Insane asylums Bombay 1873-77 - 1873-1877
Year: 1873
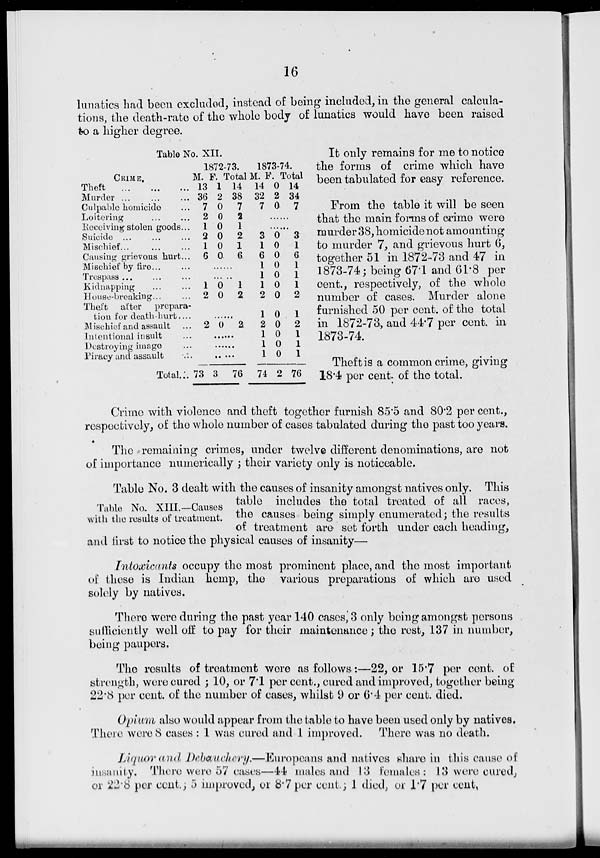
16
lunatics had been excluded, instead of being included, in the general calcula-
tions, the death-rate of the whole body of lunatics would have been raised
to a higher degree.
Table No. XII.
CRIME.
Theft ... ... ...
Murder ... ... ...
Culpable homicide ...
Loitering ... ...
Receiving stolen goods...
Suicide ... ... ...
Mischief ... ... ...
Causing grievous hurt ...
Mischief by fire ... ...
Trespass ... ... ...
Kidnapping ... ...
House-breaking ... ...
Theft after
prepara-
tion for death-hurt....
Mischief and assault ...
Intentional insult ...
Destroying image ...
Piracy and assault ...
Total ...
1872-73.
M.
13
36
7
2
1
2
1
6
F.
1
2
0
0
0
0
0
0
Total
14
38
7
2
1
2
1
6
......
......
1
2
0
0
1
2
......
2 0 2
......
......
......
73 3 76
1873-74.
M.
14
32
7
F.
0
2
0
Total
14
34
7
......
......
3
1
6
1
1
1
2
1
2
1
1
1
74
0
0
0
0
0
0
0
0
0
0
0
0
2
3
1
6
1
1
1
2
1
2
1
1
1
76
It only remains for me to notice
the forms of crime which have
been tabulated for easy reference.
From the table it will be seen
that the main forms of crime were
murder 38, homicide not amounting
to murder 7, and grievous hurt 6,
together 51 in 1872-73 and 47 in
1873-74; being 67.1 and 61.8 per
cent., respectively, of the whole
number of cases. Murder alone
furnished 50 per cent. of the total
in 1872-73, and 44.7 per cent. in
1873-74.
Theft is a common crime, giving
18.4 per cent. of the total.
Crime with violence and theft together furnish 85.5 and 80.2 per cent.,
respectively, of the whole number of cases tabulated during the past too years.
The remaining crimes, under twelve different denominations, are not
of importance numerically ; their variety only is noticeable.
Table No. XIII.— Causes
with the results of treatment.
Table No. 3 dealt with the causes of insanity amongst natives only. This
table includes the total treated of all races,
the causes being simply enumerated; the results
of treatment are set forth under each heading,
and first to notice the physical causes of insanity
Intoxicants occupy the most prominent place, and the most important
of these is Indian hemp, the various preparations of which are used
solely by natives.
There were during the past year 140 cases, 3 only being amongst persons
sufficiently well off to pay for their maintenance; the rest, 137 in number,
being paupers.
The results of treatment were as follows:— 22, or 15.7 per cent. of
strength, were cured ; 10, or 7.1 per cent., cured and improved, together being
22.8 per cent. of the number of cases, whilst 9 or 6.4 per cent. died.
Opium also would appear from the table to have been used only by natives.
There were 8 cases : 1 was cured and 1 improved. There was no death.
Liquor and Debauchery.—Europeans and natives share in this cause of
insanity. There were 57 cases—44 males and 13 females: 13 were cured,
or 22.8 per cent.; 5 improved, or 8.7per cent.; 1 died, or 1.7 per cent.